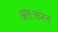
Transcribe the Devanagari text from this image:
अंतःकरन